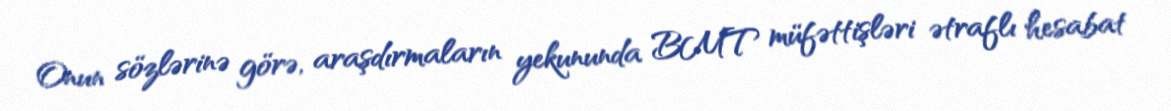
Onun sözlərinə görə, araşdırmaların yekununda BMT müfəttişləri ətraflı hesabat